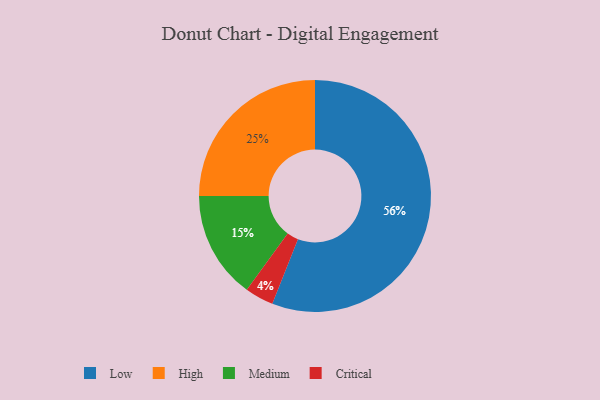
{"axis": {"x": "Category", "y": "Percentage"}, "legend": ["Critical", "High", "Low", "Medium"], "data": [{"x": "Critical", "y": 4, "type": "Critical"}, {"x": "Medium", "y": 15, "type": "Medium"}, {"x": "High", "y": 25, "type": "High"}, {"x": "Low", "y": 56, "type": "Low"}]}